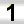
Digit: 1